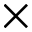
\times